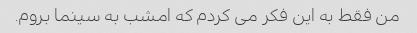
من فقط به این فکر می کردم که امشب به سینما بروم.